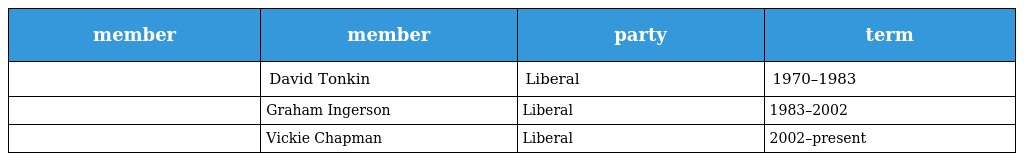
| member | member | party | term |
 | --- | --- | --- | --- |
 |  | David Tonkin | Liberal | 1970–1983 |
 |  | Graham Ingerson | Liberal | 1983–2002 |
 |  | Vickie Chapman | Liberal | 2002–present |